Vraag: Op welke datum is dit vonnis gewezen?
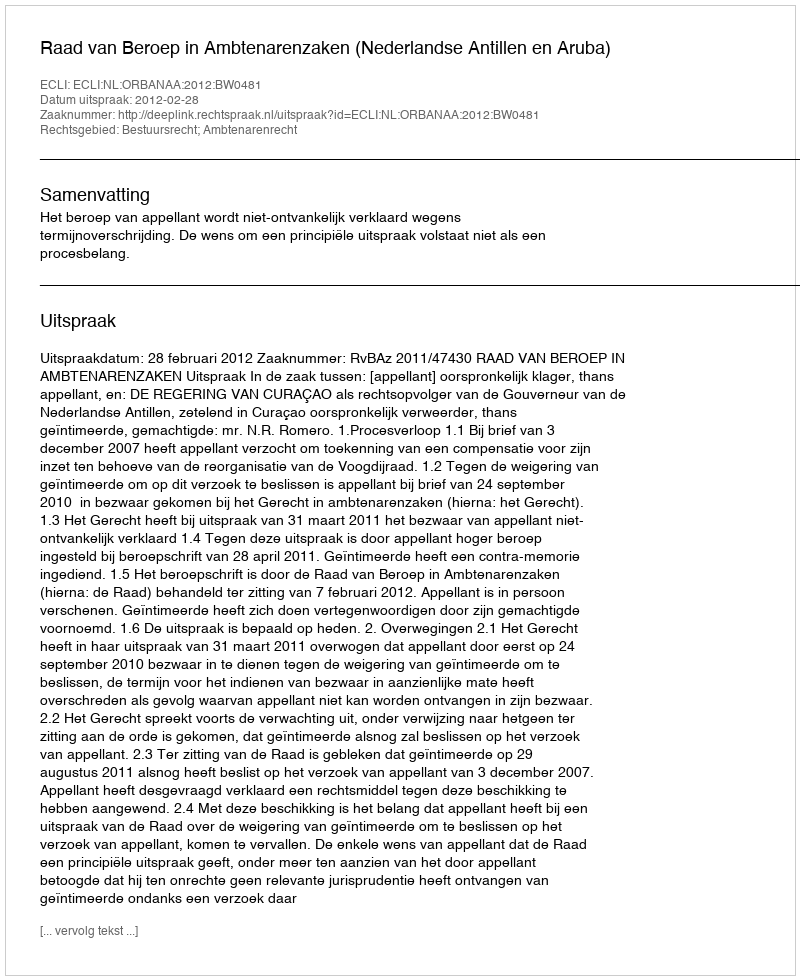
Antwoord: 2012-02-28